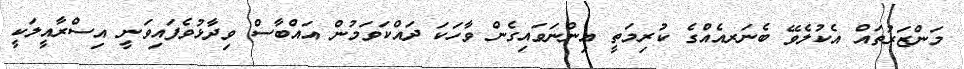
މަންޒަރުތައް އެކުލެވޭ ބެނަރއެއްގެ ކުރިމަތީ އިންނަވައިގެން ވާހަކަ ދައްކަވަމުން އައްބާސް ވިދާޅުވެފައިވަނީ އިސްރާއީލަކީ